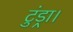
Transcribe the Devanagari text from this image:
टुंड्रा।